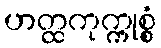
ဟတ္ထကုက္ကုစ္စံ